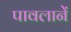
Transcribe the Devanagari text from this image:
पावलानें